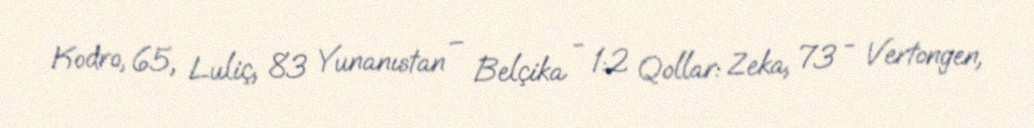
Kodro, 65, Luliç, 83 Yunanıstan – Belçika - 1:2 Qollar: Zeka, 73 - Vertongen,